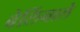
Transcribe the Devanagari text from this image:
बेर्लिनाले